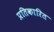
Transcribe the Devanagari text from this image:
प्रतिकारित